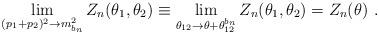
LaTeX: \begin{align*}\lim_{(p_{1}+p_{2})^{2}\rightarrow m_{b_{n}}^{2}}Z_{n}(\theta _{1},\theta_{2})\equiv \lim_{\theta _{12}\rightarrow \theta +\theta_{12}^{b_{n}}}Z_{n}(\theta _{1},\theta _{2})=Z_{n}(\theta )~.\end{align*}